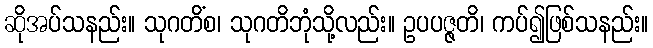
ဆိုအပ်သနည်း။ သုဂတိံစ၊ သုဂတိဘုံသို့လည်း။ ဥပပဇ္ဇတိ၊ ကပ်၍ဖြစ်သနည်း။